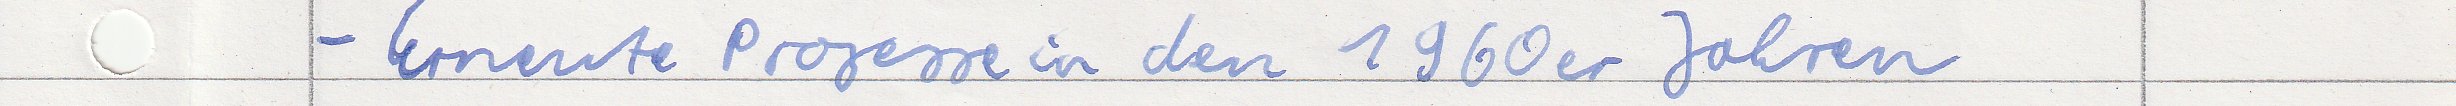
- Erneute Prozesse in den 1960er Jahren